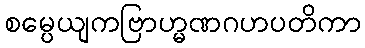
စမ္ပေယျကဗြာဟ္မဏဂဟပတိကာ